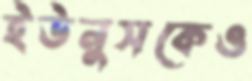
ইউনুসকেও